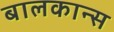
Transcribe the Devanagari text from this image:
बालकान्स